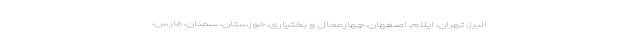
البرز، تهران، ایلام، اصفهان، چهارمحال و بختیاری، خوزستان، سمنان، فارس،